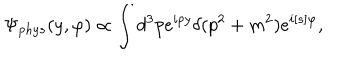
LaTeX: \Psi _ { p h y s } ( y , \varphi ) \propto \int d ^ { 3 } p e ^ { i p y } \delta ( p ^ { 2 } + m ^ { 2 } ) e ^ { i [ s ] \varphi } ,